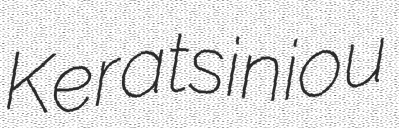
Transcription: Keratsiniou